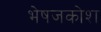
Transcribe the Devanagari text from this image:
भेषजकोश